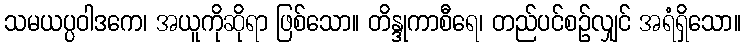
သမယပ္ပဝါဒကေ၊ အယူကိုဆိုရာ ဖြစ်သော။ တိန္ဒုကာစီရေ၊ တည်ပင်စဉ်လျှင် အရံရှိသော။